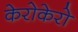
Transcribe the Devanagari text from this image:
केरोकेरो